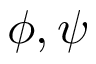
\phi , \psi